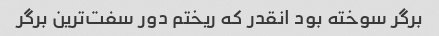
برگر سوخته بود انقدر که ریختم دور سفت‌ترین برگر